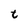
Character: t